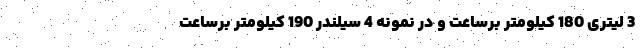
3 لیتری 180 کیلومتر برساعت و در نمونه 4 سیلندر 190 کیلومتر برساعت